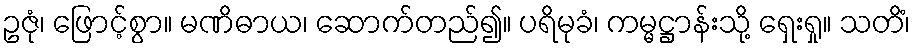
ဥဇုံ၊ ဖြောင့်စွာ။ မဏိဓာယ၊ ဆောက်တည်၍။ ပရိမုခံ၊ ကမ္မဋ္ဌာန်းသို့ ရှေးရှု။ သတိံ၊